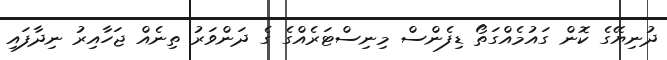
ދުނިޔޭގެ ކޮން ގައުމެއްގަތޯ ޑިފެންސް މިނިސްޓަރެއްގެ ގެ ދަންވަރު ތިނެއް ޖަހާއިރު ނިދާފައި